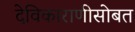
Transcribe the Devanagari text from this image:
देविकाराणीसोबत